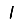
Digit: 1